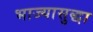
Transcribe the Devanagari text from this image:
भाज्यासुद्धा